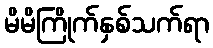
မိမိကြိုက်နှစ်သက်ရာ